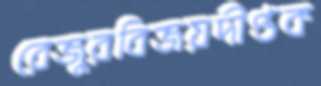
রেজুরবিজয়দীপ্তক